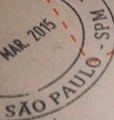
SAO PAULO SPM